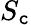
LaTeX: S_{\mathtt{c}}